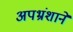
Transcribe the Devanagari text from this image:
अपभ्रंशाने